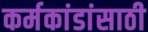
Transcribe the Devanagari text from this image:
कर्मकांडांसाठी